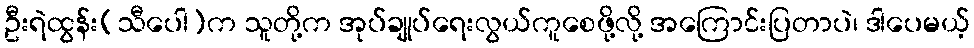
ဦးရဲထွန်း(သီပေါ)က သူတို့က အုပ်ချုပ်ရေးလွယ်ကူစေဖို့လို့ အကြောင်းပြတာပဲ၊ ဒါပေမယ့်